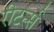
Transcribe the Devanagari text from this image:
रीटर्न्स